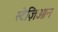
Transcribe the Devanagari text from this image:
स्टेज़िओन